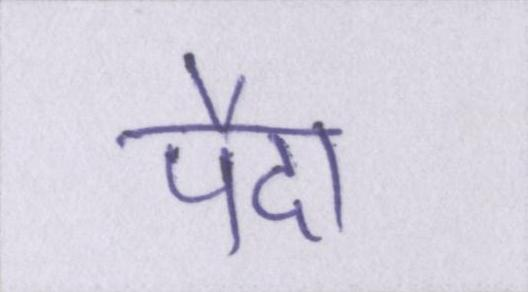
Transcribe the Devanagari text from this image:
पैदा